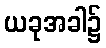
ယခုအခါ၌